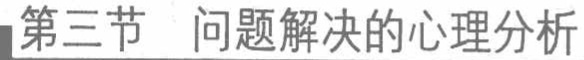
第三节 问题解决的心理分析